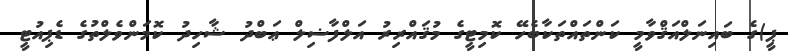
ޕީ)ގެ ބައިނަލްއަޤްވާމީ ކަންތައްތަކާބެހޭ ކޮމިޓީގެ މުޤައްރިރު އަލްފާޟިލް ޢަބްދު ޝާހިދު ކޮމަންވެލްތުގެ ޑެޕިއުޓީ